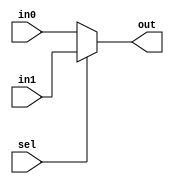
module Mux_2to1 (
    out,
    sel,
    in0,
    in1
);
    input sel;
    input in0, in1;
    output out;

    assign out = sel ? in1 : in0;
endmodule